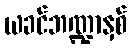
ယခင်ဘဏ္ဍာနှစ်